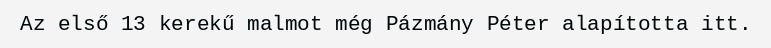
Az első 13 kerekű malmot még Pázmány Péter alapította itt.